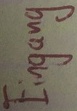
Text: Eingang